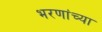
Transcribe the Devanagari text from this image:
भरणांच्या